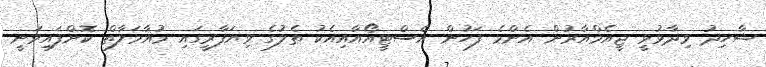
ޝާހިދު ވިދާޅުވީ ޖީއެމްއާރުން އެންމެ ފަހުން އެސްޓީއޯއާއިއެކު ތެލުގެ ވިޔަފާރީގައި މުއާމަލާތް ކޮށްފައިވަނީ